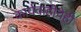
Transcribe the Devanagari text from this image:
कार्यवाहीचेही